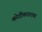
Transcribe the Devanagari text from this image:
खरेदीकरारावर